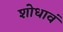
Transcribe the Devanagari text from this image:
शोधावं